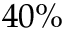
4 0 \%